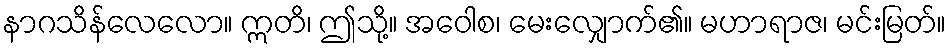
နာဂသိန်လေလော။ ဣတိ၊ ဤသို့။ အဝေါစ၊ မေးလျှောက်၏။ မဟာရာဇ၊ မင်းမြတ်။